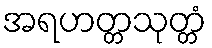
အရဟတ္တသုတ္တံ